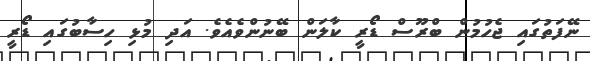
ނޭފަތުގައި ޖެހުމުން ބްރޫސް ޑޯރީ ކާލަން ބޭނުންވެއެވެ. އަދި މުޅި ހިސާބުގައި ޑޯރީ